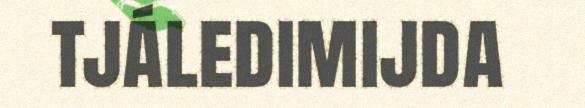
tjáledimijda